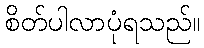
စိတ်ပါလာပုံရသည်။